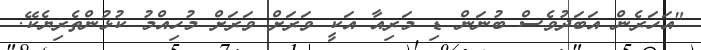
"އަހަރެން އަބަދުވެސް ބުނަން ޑި މަރިއާ އަކީ ވަރަށް ވަރަށް މުހިއްމު ކުޅުންތެރިޔެކޭ.